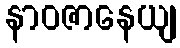
နာဝဇာနေယျ